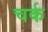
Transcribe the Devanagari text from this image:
चर्क